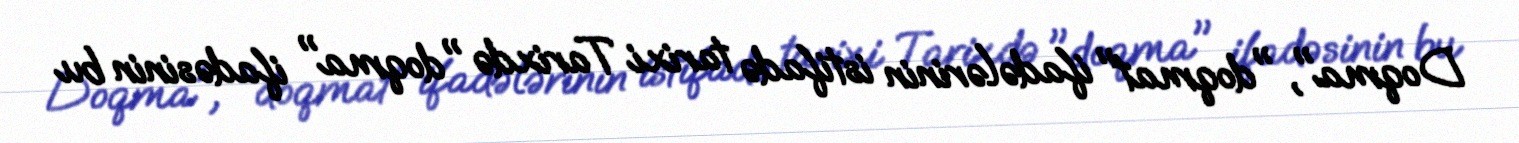
Doqma", "doqmat" ifadələrinin istifadə tarixi Tarixdə "doqma" ifadəsinin bu